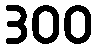
300